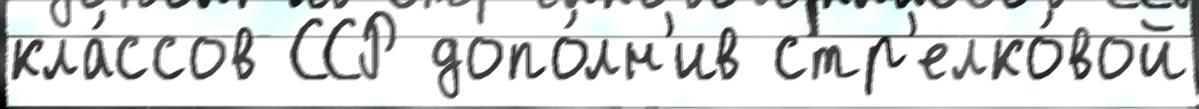
кла́ссов ССР допо́лн'ив стр'елко́вой